Source: Handwritten
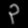
Digit: ၃ (3)